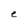
Character: e